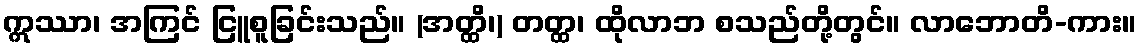
ဣဿာ၊ အကြင် ငြူစူခြင်းသည်။ (အတ္ထိ၊) တတ္ထ၊ ထိုလာဘ စသည်တို့တွင်။ လာဘောတိ-ကား။